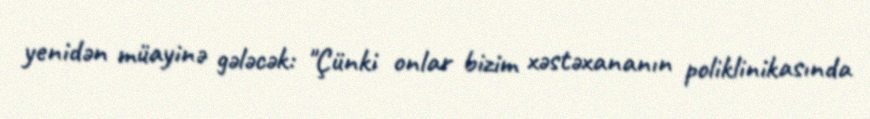
yenidən müayinə gələcək: "Çünki onlar bizim xəstəxananın poliklinikasında